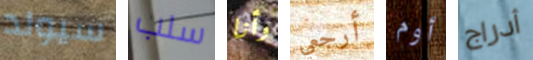
سيولد سلب وأنا أرجعي أوم أدراج